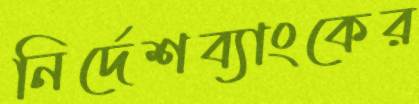
নির্দেশব্যাংকের